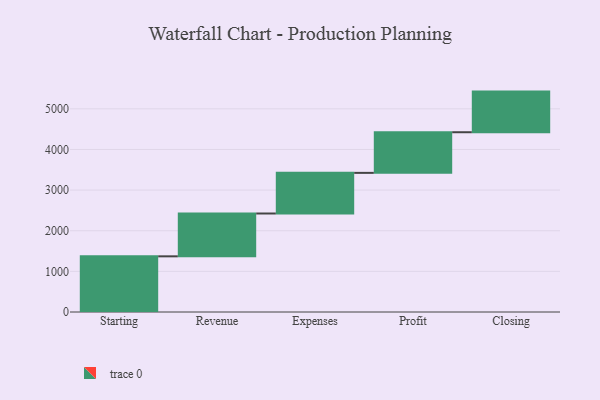
{"axis": {"x": "Step", "y": "Value"}, "legend": [""], "data": [{"x": "Starting", "y": 1370.0, "type": ""}, {"x": "Revenue", "y": 1054.0, "type": ""}, {"x": "Expenses", "y": 1000, "type": ""}, {"x": "Profit", "y": 1000, "type": ""}, {"x": "Closing", "y": 1000, "type": ""}]}